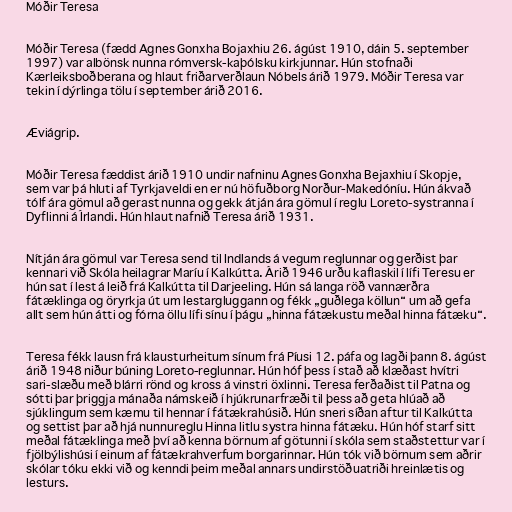
Móðir Teresa

Móðir Teresa (fædd Agnes Gonxha Bojaxhiu 26. ágúst 1910, dáin 5. september
1997) var albönsk nunna rómversk-kaþólsku kirkjunnar. Hún stofnaði
Kærleiksboðberana og hlaut friðarverðlaun Nóbels árið 1979. Móðir Teresa var
tekin í dýrlinga tölu í september árið 2016.

Æviágrip.

Móðir Teresa fæddist árið 1910 undir nafninu Agnes Gonxha Bejaxhiu í Skopje,
sem var þá hluti af Tyrkjaveldi en er nú höfuðborg Norður-Makedóníu. Hún ákvað
tólf ára gömul að gerast nunna og gekk átján ára gömul í reglu Loreto-systranna í
Dyflinni á Írlandi. Hún hlaut nafnið Teresa árið 1931.

Nítján ára gömul var Teresa send til Indlands á vegum reglunnar og gerðist þar
kennari við Skóla heilagrar Maríu í Kalkútta. Árið 1946 urðu kaflaskil í lífi Teresu er
hún sat í lest á leið frá Kalkútta til Darjeeling. Hún sá langa röð vannærðra
fátæklinga og öryrkja út um lestargluggann og fékk „guðlega köllun“ um að gefa
allt sem hún átti og fórna öllu lífi sínu í þágu „hinna fátækustu meðal hinna fátæku“.

Teresa fékk lausn frá klausturheitum sínum frá Píusi 12. páfa og lagði þann 8. ágúst
árið 1948 niður búning Loreto-reglunnar. Hún hóf þess í stað að klæðast hvítri
sari-slæðu með blárri rönd og kross á vinstri öxlinni. Teresa ferðaðist til Patna og
sótti þar þriggja mánaða námskeið í hjúkrunarfræði til þess að geta hlúað að
sjúklingum sem kæmu til hennar í fátækrahúsið. Hún sneri síðan aftur til Kalkútta
og settist þar að hjá nunnureglu Hinna litlu systra hinna fátæku. Hún hóf starf sitt
meðal fátæklinga með því að kenna börnum af götunni í skóla sem staðstettur var í
fjölbýlishúsi í einum af fátækrahverfum borgarinnar. Hún tók við börnum sem aðrir
skólar tóku ekki við og kenndi þeim meðal annars undirstöðuatriði hreinlætis og
lesturs.